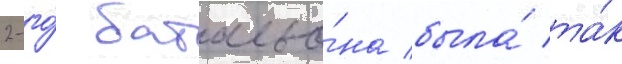
2-го́ батальо́на была́ та́к